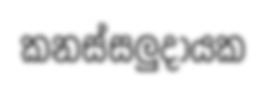
කනස්සලුදායක